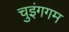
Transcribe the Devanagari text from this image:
चुइंगगम